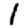
Digit: 1